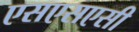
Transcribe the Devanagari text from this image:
एसएसएसी